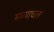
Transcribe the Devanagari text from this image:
मध्याचल